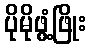
ပိုမိုဖွံ့ဖြိုး